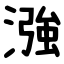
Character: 漒